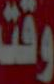
وقت